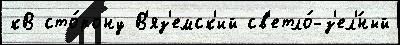
кВ сто́рону В'яз'емск'ий св'етло́-з'ел'́ный